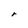
Character: r